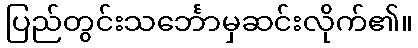
ပြည်တွင်းသင်္ဘောမှဆင်းလိုက်၏။